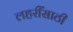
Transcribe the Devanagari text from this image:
लहरींसाठी